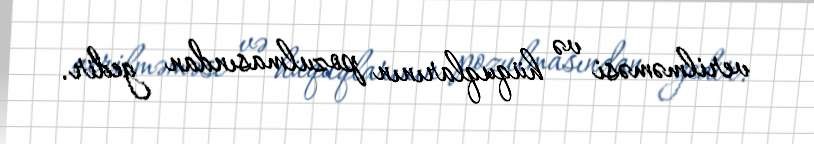
verilməməsi və hüquqlarının pozulmasından gedir.